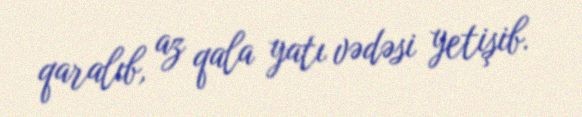
qaralıb, az qala yatı vədəsi yetişib.